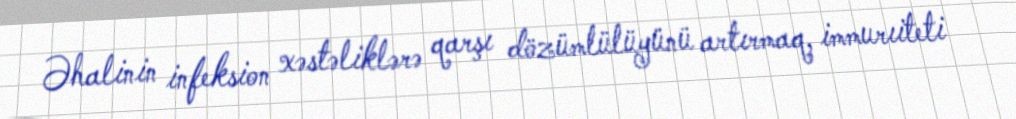
Əhalinin infeksion xəstəliklərə qarşı dözümlülüyünü artırmaq, immurıiteti